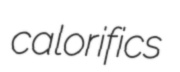
calorifics